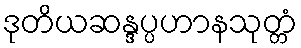
ဒုတိယဆန္ဒပ္ပဟာနသုတ္တံ